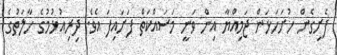
ފެށިގެން ހުށަހަޅަން ޖަމިއްޔާ އިން ވަނީ މަސައްކަތް ފަށައިފަ އެވެ. ދިރިއުޅުމުގެ ހާލަތުގެ